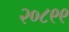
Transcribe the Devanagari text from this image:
२०८९९